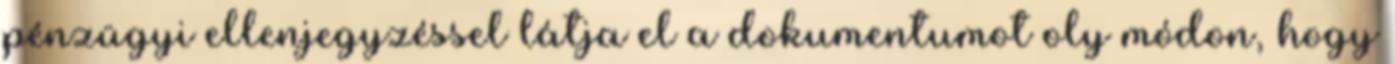
pénzügyi ellenjegyzéssel látja el a dokumentumot oly módon, hogy